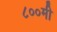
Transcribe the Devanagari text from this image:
८००मी